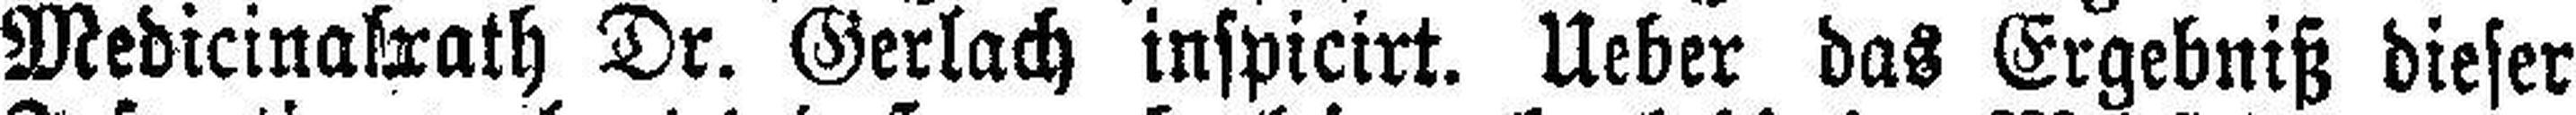
Medicinalrath Dr. Gerlach inspicirt. Ueber das Ergebniß dieser